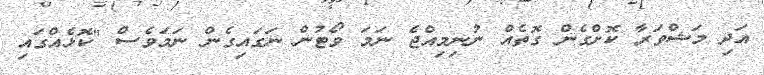
އަދި މަޝްވަރާ ކޮށްގެން ގޮތެއް ނުނިމިއްޖެ ނަމަ ވޯޓުން ނަގައިގެން ނަމަވެސް "ކޮޅެއްގައި